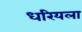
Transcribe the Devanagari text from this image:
धरियला